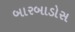
બારબાડોસ